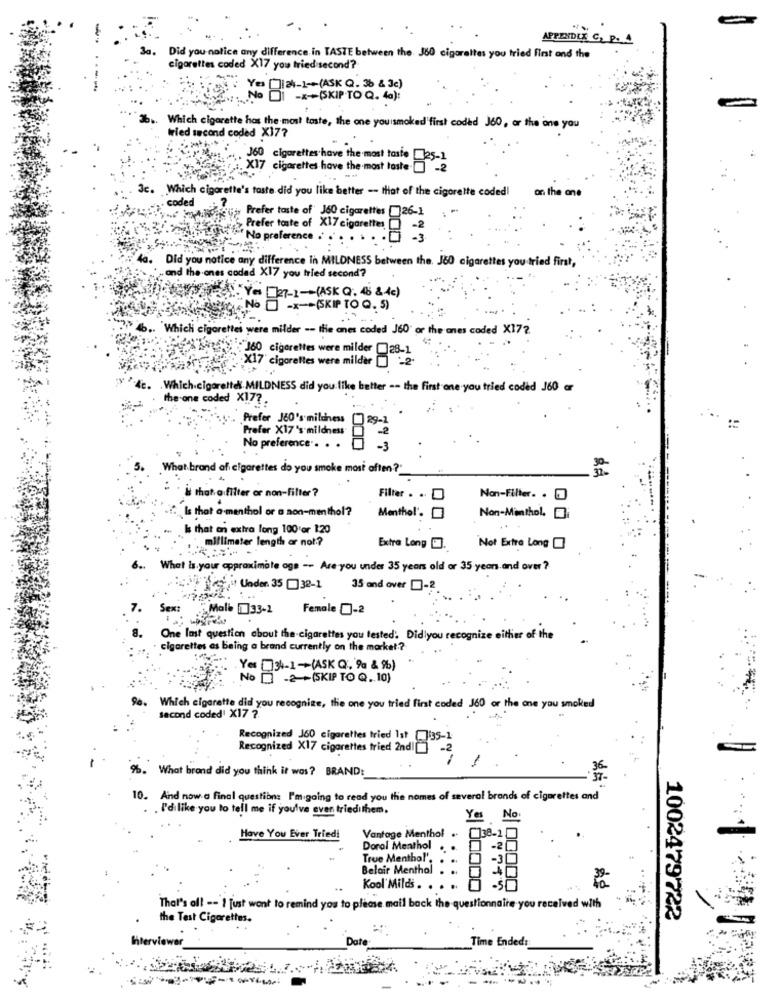
..
APPENDUE C. P. A
Did you notice any difference in TASTE between the J80 cigarettes you tried first and the
cigarettes coded X17 you tried second?
-
Here : Yes [lak-1-(ASK Q. 36 & 3c)
DI -x+SKIP TO Q. 4a):
Which cigarette has the most toste, the one youismoked'first coded J60, or the one you
fried second coded X17?
360 cigarettes have the most taste - 25-1
X17 cigarettes have the most taste. - 2
3c. Which cigarette's taste did you like better -- that of the cigarette coded!
on the one
. coded
Prefer taste of J60 cigarettes [26-1
Prefer tonte of X17 cigarettes
EURO No preference .
4a.
Did you notice any difference in MILDNESS between the. J80 cigarettes you tried first,
and the ones codad X17 you tried second?
Yes [21-1-(ASKQ. 45 &c)
İç"No -X(SKIP TO Q. 5)
... Which cigarettes were milder -- the anes coded J60" or the ones coded X172
: J60 cigarettes were milder [28-1
:X17 cigarettes were milder [ 22-
4c. . Which cigarettel MILDNESS did you like better -- the first one-you tried coded J60 ar
the one coded X17?
.... Prefer J60's mildness
29-1
Prefer X17's mildness
No preference
What brand af cigarettes do you smoke most often?"
is that a filter or non-filter ?
Filter . . D
Non-Filter. .
Is that a menthol or a non-menthol?
Menthol'.
Non-Menthol.
& that an extra long 100 or 1:20
millimeter length or not?
Extra Long [].
Not Extra Long []
What is your approximate age -- Are you under 35 years old or 35 years and over ?
Under 35 []32-1
35 and over [ -?
7.
Sex:
"Male [1]33-2 Female []-2
One last question about the-cigarettes you tested. Did you recognize either of the
cigarettes es being a brand currently on the market .?
Yes 34-1-+(ASK Q. 9% & %)
No -2 +(SKIP TO @. 10)
90.
Which cigarette did you recognize, the one you tried first coded J60 or the one you smoked
second coded' X17 ?
Recognized 160 cigarettes tried 1st 17:35-1
Recognized X17 cigarettes tried 2ndI
%. What brand did you think it was? BRAND:
36
10.
And now a final question: I'm going to read you the nomes of several brands of cigarettes and
I'di like you to tell me if you've ever triedilhem.
Yes No:
Have You Ever Tried!
Vantage Menthol
[]38-1 [
Doral Menthol
True Menthal'.
Belair Menthol
Kool' Milds .
That's all -- I just want to remind you to please mail back the questionnaire you received with
1002479722
the Test Cigarettes.
Time Ended:
Interviewer